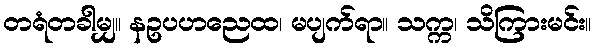
တရံတခါမျှ။ နဥပဟညေထ၊ မပျက်ရာ။ သက္က၊ သိကြားမင်း။